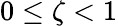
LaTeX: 0\leq\zeta<1